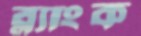
ব্ল্যাংক